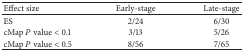
<table><thead><tr><td><b>Effect size</b></td><td><b>Early-stage</b></td><td><b>Late-stage</b></td></tr></thead><tbody><tr><td>ES</td><td>2/24</td><td>6/30</td></tr><tr><td>cMap <i>P</i> value &lt; 0.1</td><td>3/13</td><td>5/26</td></tr><tr><td>cMap <i>P</i> value &lt; 0.5</td><td>8/56</td><td>7/65</td></tr></tbody></table>